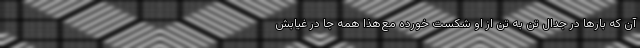
آن که بارها در جدال تن به تن از او شکست خورده مع‌هذا همه جا در غيابش